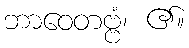
ဘာဝေတဗ္ဗံ၊ ၏။